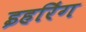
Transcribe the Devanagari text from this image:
इहरिंग